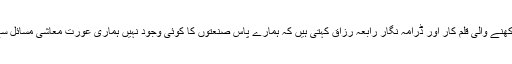
آزاد کشمیر سے تعلق رکھنے والی قلم کار اور ڈرامہ نگار رابعہ رزاق کہتی ہیں کہ ہمارے پاس صنعتوں کا کوئی وجود نہیں ہماری عورت معاشی مسائل سے نمٹے بھی تو کیسے؟